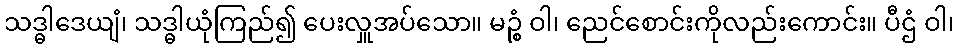
သဒ္ဓါဒေယျံ၊ သဒ္ဓါယုံကြည်၍ ပေးလှူအပ်သော။ မဉ္စံ ဝါ၊ ညေင်စောင်းကိုလည်းကောင်း။ ပီဌံ ဝါ၊